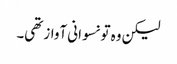
لیکن وہ تو نسوانی آواز تھی۔